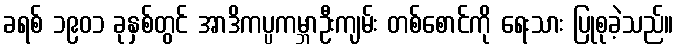
ခရစ် ၁၉၀၁ ခုနှစ်တွင် အာဒိကပ္ပကမ္ဘာဦးကျမ်း တစ်စောင်ကို ရေးသား ပြုစုခဲ့သည်။